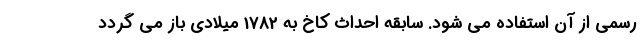
رسمی از آن استفاده می شود. سابقه احداث کاخ به 1782 میلادی باز می گردد